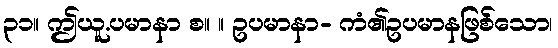
၃၁။ ဤယူ.ပမာနာ စ။ ။ ဥပမာနာ- ကံ၏ဥပမာနဖြစ်သော၊